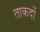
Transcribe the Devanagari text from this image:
ताकदों